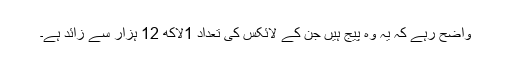
واضح رہے کہ یہ وہ پیج ہیں جن کے لائکس کی تعداد 1لاکھ 12 ہزار سے زائد ہے۔